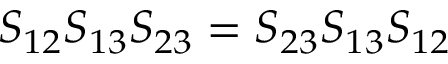
S _ { 1 2 } S _ { 1 3 } S _ { 2 3 } = S _ { 2 3 } S _ { 1 3 } S _ { 1 2 }